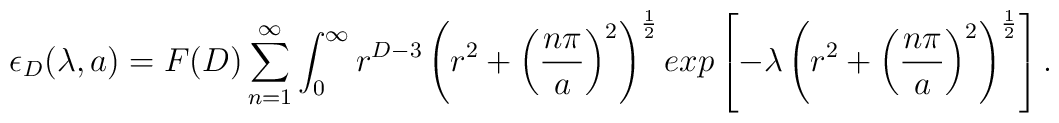
\epsilon_{D}(\lambda,a)=F(D)\sum_{n=1}^{\infty}\int^{\infty}_{0} r^{D-3}\left(r^{2}+\left(\frac{n\pi}{a}\right)^{2}\right)^{\frac{1}{2}} exp\left[-\lambda\left(r^{2}+ \left(\frac{n\pi}{a}\right)^{2}\right)^{\frac{1}{2}}\right].